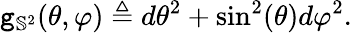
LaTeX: \mathtt{g}_{\mathbb{S}^{2}}(\theta,\varphi)\triangleq d\theta^{2}+\sin^{2}(\theta)d\varphi^{2}.